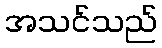
အသင်သည်